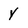
Character: y